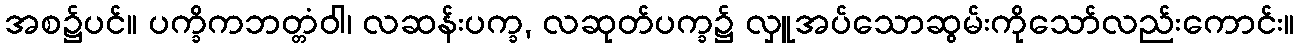
အစ၌ပင်။ ပက္ခိကဘတ္တံဝါ၊ လဆန်းပက္ခ, လဆုတ်ပက္ခ၌ လှူအပ်သောဆွမ်းကိုသော်လည်းကောင်း။